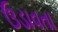
ઉડાવતા